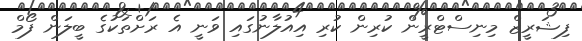
ފިޝަރީޒް މިނިސްޓްރީން ކުރިން ކުރި އިއުލާނުގައި ވަނީ އެ ރަށްތަކުގެ ބީލަން ފޯމް